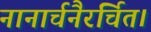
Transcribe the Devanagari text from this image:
नानार्चनैरर्चित।